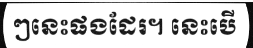
ៗនេះផងដែរ។ នេះបើ